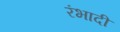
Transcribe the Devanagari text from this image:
रंभादी